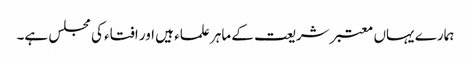
ہمارے یہاں معتبر شریعت کے ماہر علماء ہیں اور افتاء کی مجلس ہے۔